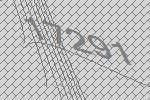
17291